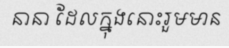
នានា ដែលក្នុងនោះរួមមាន